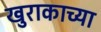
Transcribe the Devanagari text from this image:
खुराकाच्या